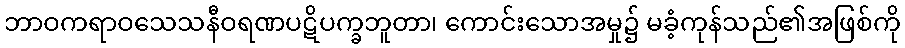
ဘာဝကရာဝသေသနီဝရဏပဋိပက္ခဘူတာ၊ ကောင်းသောအမှု၌ မခံ့ကုန်သည်၏အဖြစ်ကို